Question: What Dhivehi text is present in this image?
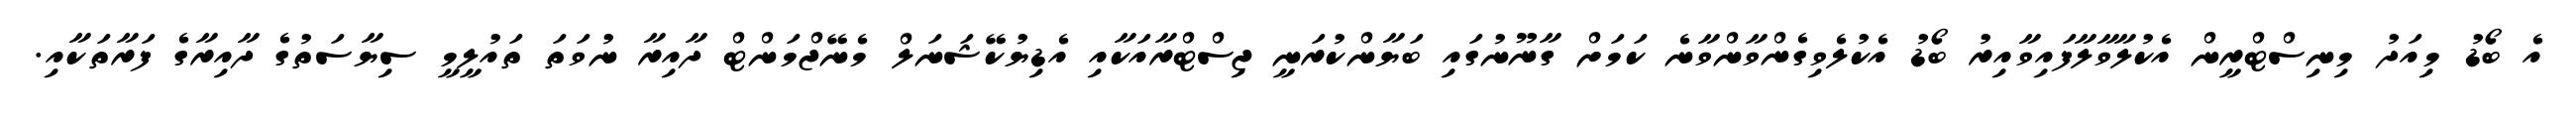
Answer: އެ ބޯޑު މިއަދު މިނިސްޓްރީން އެކުލާވާލާފައިވާއިރު ބޯޑު އެކުލެވިގެންވާންވާނެ ކަމަށް ގާނޫނުގައި ބަޔާންކުރަނީ ޖިސްޓްރާއަކާއި އެޑިޔުކޭޝަނަލް މެނޭޖްމަންޓް ދާއިރާ ނުވަތަ ތައުލީމީ ސިޔާސަތުގެ ދާއިރާގެ ފަރާތަކާއި.